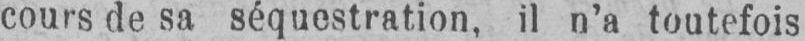
cours de sa séquestration, il n’a toutefois